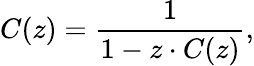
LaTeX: C(z)={\frac{1}{1-z\cdot C(z)}},